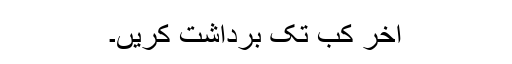
آخر کب تک برداشت کریں۔